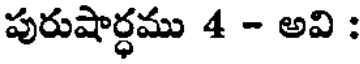
పురుషార్ధము 4 - అవి :